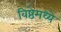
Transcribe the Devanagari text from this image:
विष्ठेमध्ये